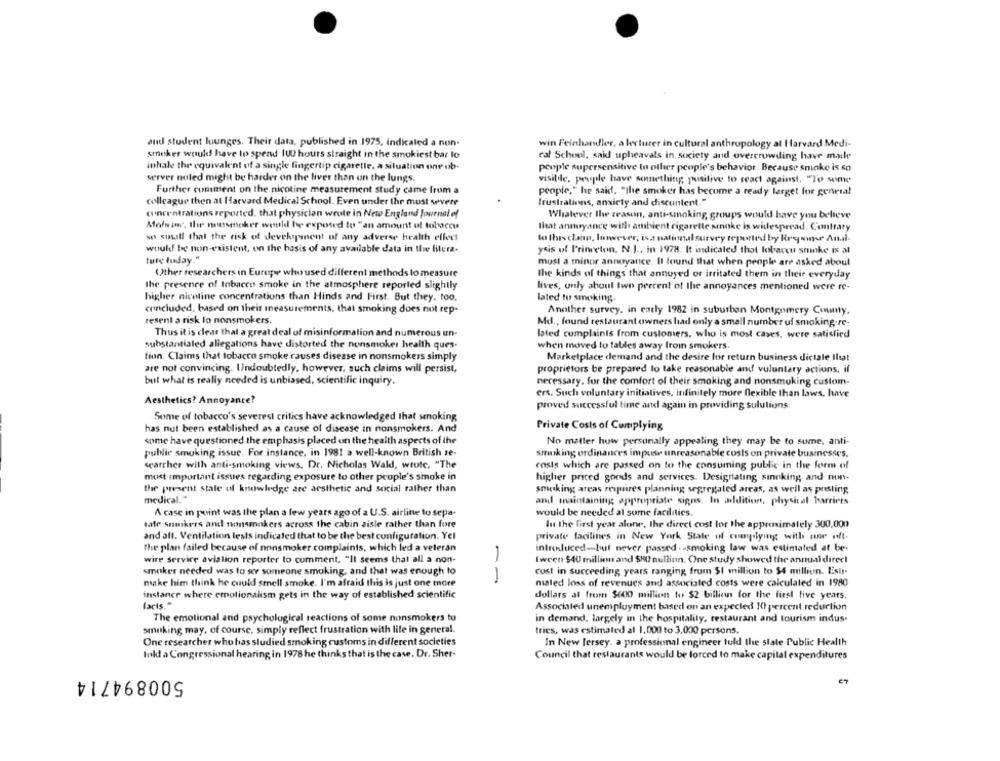
and student luunges. Their data, published in 1975, indicated a non-
win Feinhandler, a lecturer in cultural anthropology al Harvard Medi-
smuker would have to spend IU0 hours straight in the smokiest bar lo
cal School, said upheavals in society and overcrowding have male
inhale the equivalent of a single fingertip cigarette, a situation one ob-
people supersensitive to other people's behavior. Because sminke is so
server nuled might be harder on the liver than on the lungs.
visibile, people have something; pusilive to react against, "To some
Further comment on the nicotine measurement study came from a
people," he said, "the smoker has become a ready larget for general
colleague then at Harvard Medical School. Even under Ihr most severe
frustrations, anxiety and discontent."
concentrations reported, that physician wrote in New England Journal of
Whatever the reason, anti-smoking, groups would have you believe
Mofsaw, the nonsmoker would be exposed to "an amount of tobacco
that annoyance with ambient cigarette smoke is widespread. Contrary
so small that the risk of development of any adverse health effect
lo lles clain, however, isa national survey reported by Krewne Andi.
would be non-existent, on the basis of any available data in twee litera-
ysis of Princeton, N.J ., in 1978. It indicated that lobaccu smoke is al
ture luday."
musi a minor annoyance. Il found that when people are asked about
Other researchers in Europe who used different methods to measure
the kinds of things that annoyed or irritated them in their everyday
the presence of tobacco smoke in the atmosphere reported slightly
lives, only about two percent of the annoyances mentioned were re-
higher nicotine concentrations than Hinds and First. But they, too.
lated to smoking.
concluded, based on theis measurements, that smoking does not rep-
Another survey, in early 1982 in suburban Montgomery County.
resent a risk lo nonsmokers.
Md ., found restaurant owners had only a small number of smoking.re-
Thus it is clear that a great deal of misinformation and numerous un-
lated complaints from customers, who is most Cases, were satisfied
substantialed allegations have distorted the nonsmoker health ques-
when moved to tables away from smokers.
tion. Claims that tobacco smoke causes disease in nonsmokers simply
Marketplace demand and the desire for return business dictale that
are not convincing. Undoubtedly, however, such claims will persist,
proprietors be prepared lo take reasonable and voluntary actions, if
but what is really needed is unbiased, scientific inquiry.
necessary. for the comfort of their smoking and nonsmoking custom-
ers. Such voluntary initiatives, infinitely more flexible than laws, have
Aesthetics? Annoyance?
proved successful time and again in providing sulutions.
Some of tobacco's severesi critics have acknowledged that smoking
Private Costs of Complying
has not been established as a cause of disease in nonsmokers. And
some have questioned the emphasis placed on the health aspects of ihr
No matter how personally appealing they may be to sume, anti-
public smoking issue. For instance, in 1981 a well-known British se-
smoking ordinances impuse unreasonable costs on private businesses,
searcher with anti-smoking views, Dr. Nicholas Wald, wrote, "The
costs which are passed on to the consuming public in the form of
most important issues regarding exposure to other people's smoke in
higher priced goods and services. Designating sinnking and non-
the present stale of knowledge are aesthetic and social rather than
smoking areas requires planning segregated areas, as well as posting
medical."
amil maintaining appropriate signs. In addition, physical barriers
A case in point was the plan a few years ago of a U.S. airline to sepa-
would be needed al some facilities.
safe suikers and nonsmokers across the cabin aisle rather than fore
In the first year alone, the direct cost for the approximately 300.000
and all. Ventilation lests indicated that to be the best configuration. Yel
private facilities in New York State of complying with one oft.
the plan failed because of nonsmoker complaints, which led a veteran
introduced-but never passed .- smoking law was estimated at be-
wire servire aviation reporter to comment, "It seems that all a non-
Iwcen $40 million and $80 million. One study showed the annual direct
smoker needed was to sce someone smoking, and that was enough to
cost in succeeding years ranging from $1 million to $4 million. Esli-
make him think he could smell smoke. I'm afraid this is just one more
maled loss of revenues and associated costs were calculated in 1980
instance where emotionalism gets in the way of established scientific
dollars at from $600 million to $2 billion for the first five years.
facts."
Associated unemployment based on an expected 10 percent reduction
The emotional and psychological seactions of some nonsmokers to
in demand, largely in the hospitality, restaurant and tourism indus-
smoking may, of course. simply reflect frustration with life in general.
tries, was estimated al 1.000 to 3.000 persons.
One researcher who has studied smoking customs in different societies
In New Jersey. a professional engineer fuld the slate Public Health
told a Congressional hearing in 1978 he thinks that is the case. Dr. Sher-
Council that restaurants would be forced to make capital expenditures
500894714